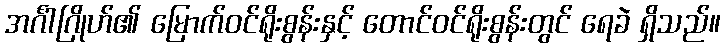
အင်္ဂါဂြိုဟ်၏ မြောက်ဝင်ရိုးစွန်းနှင့် တောင်ဝင်ရိုးစွန်းတွင် ရေခဲ ရှိသည်။